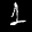
Label: 1